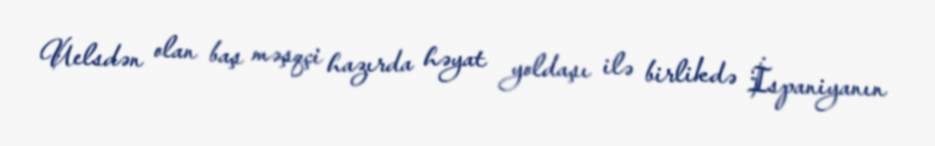
Uelsdən olan baş məşqçi hazırda həyat yoldaşı ilə birlikdə İspaniyanın